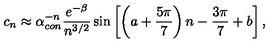
c _ { n } \approx \alpha _ { c o n } ^ { - n } \frac { e ^ { - \beta } } { n ^ { 3 / 2 } } \sin \left[ \left( a + { \frac { 5 \pi } { 7 } } \right) n - { \frac { 3 \pi } { 7 } } + b \right] ,